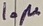
Text: 10µ